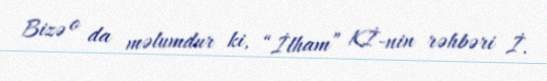
Bizə o da məlumdur ki, “İlham” Kİ-nin rəhbəri İ.